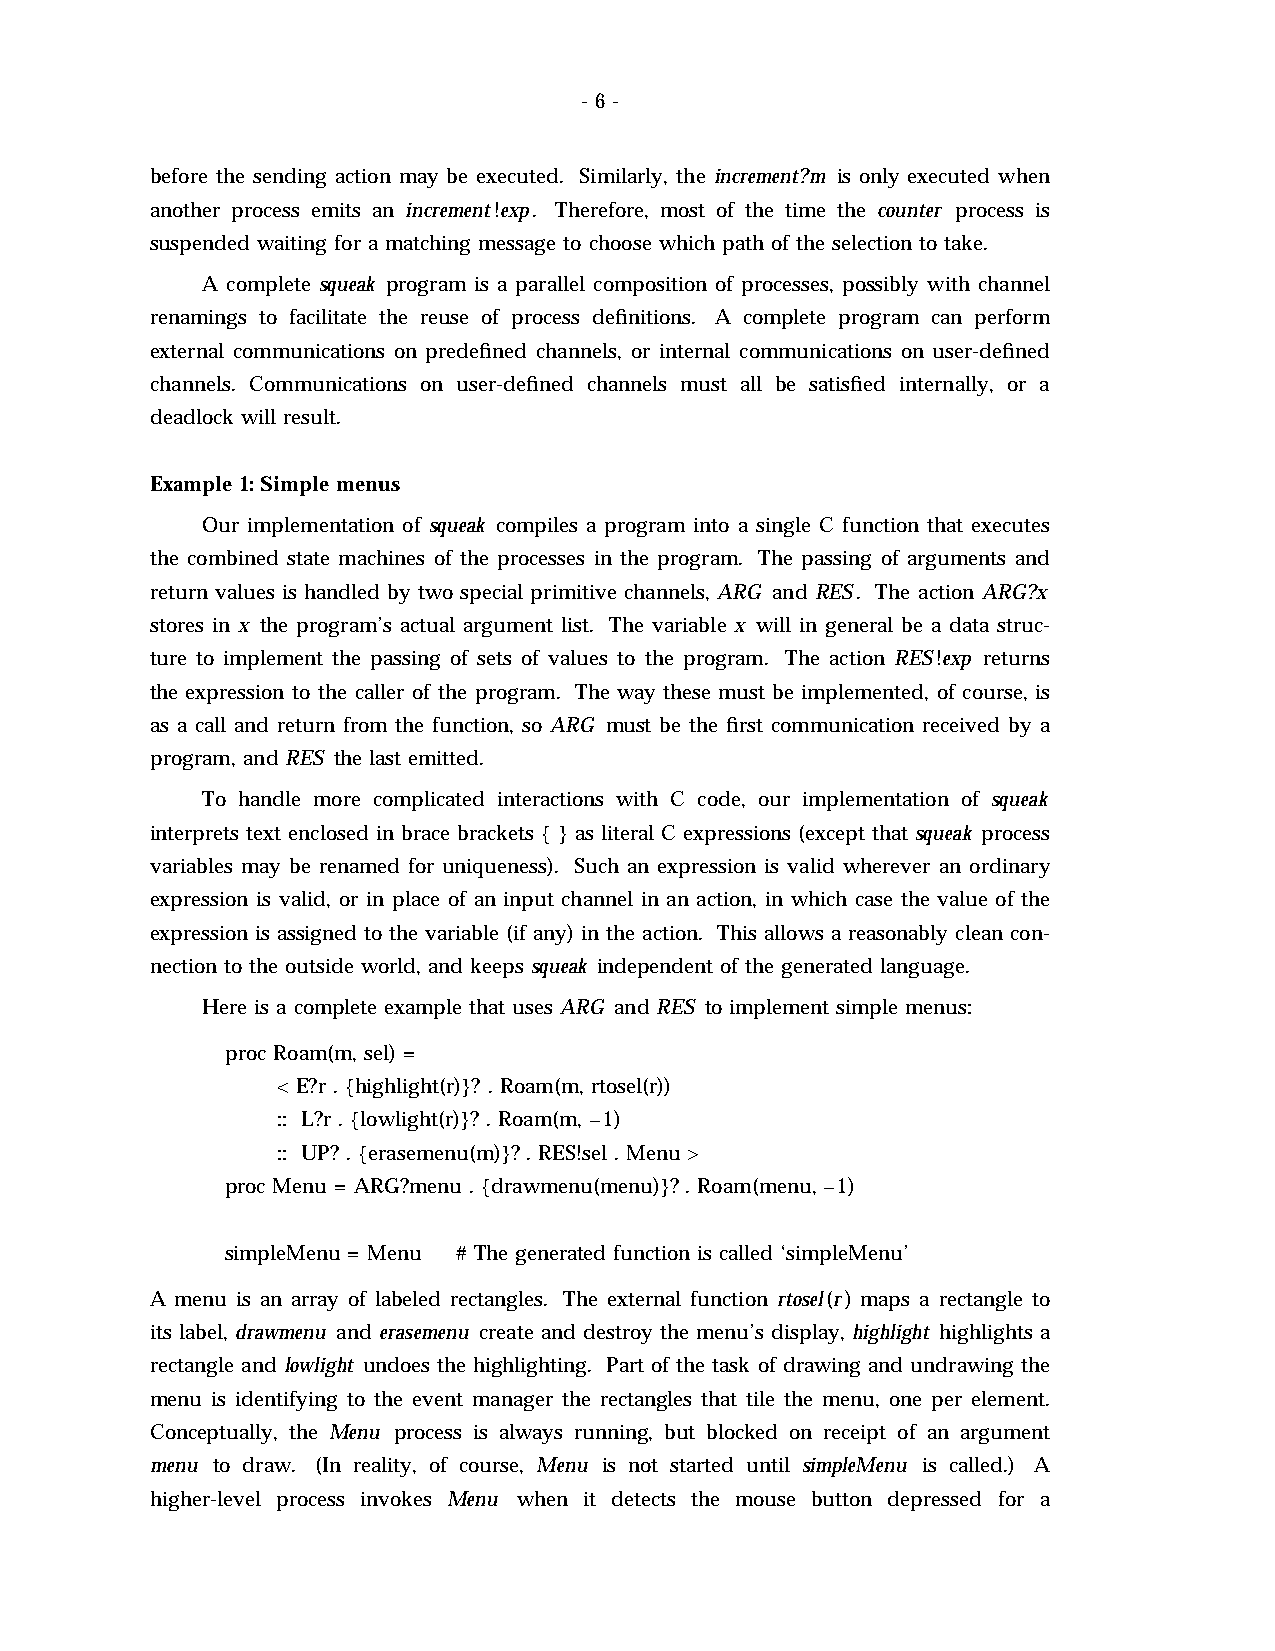
- 6 -
 before the sending action may be executed. Similarly, the increment?m is only executed when
 another process emits an increment!exp. Therefore, most of the time the counter process is
 suspended waiting for a matching message to choose which path of the selection to take.
 A complete squeak program is a parallel composition of processes, possibly with channel
 renamings to facilitate the reuse of process definitions. A complete program can perform
 external communications on predefined channels, or internal communications on user-defined
 channels. Communications on user-defined channels must all be satisfied internally, or a
 deadlock will result.
 Example 1: Simple menus
 Our implementation of squeak compiles a program into a single C function that executes
 the combined state machines of the processes in the program. The passing of arguments and
 return values is handled by two special primitive channels, ARG and RES. The action ARG?x
 stores in x the program’s actual argument list. The variable x will in general be a data struc-
 ture to implement the passing of sets of values to the program. The action RES!exp returns
 the expression to the caller of the program. The way these must be implemented, of course, is
 as a call and return from the function, so ARG must be the first communication received by a
 program, and RES the last emitted.
 To handle more complicated interactions with C code, our implementation of squeak
 interprets text enclosed in brace brackets { } as literal C expressions (except that squeak process
 variables may be renamed for uniqueness). Such an expression is valid wherever an ordinary
 expression is valid, or in place of an input channel in an action, in which case the value of the
 expression is assigned to the variable (if any) in the action. This allows a reasonably clean con-
 nection to the outside world, and keeps squeak independent of the generated language.
 Here is a complete example that uses ARG and RES to implement simple menus:
 proc Roam(m, sel) =
 < E?r . {highlight(r)}? . Roam(m, rtosel(r))
 :: L?r . {lowlight(r)}? . Roam(m, –1)
 :: UP? . {erasemenu(m)}? . RES!sel . Menu >
 proc Menu = ARG?menu . {drawmenu(menu)}? . Roam(menu, –1)
 simpleMenu = Menu # The generated function is called ‘simpleMenu’
 A menu is an array of labeled rectangles. The external function rtosel(r) maps a rectangle to
 its label, drawmenu and erasemenu create and destroy the menu’s display, highlight highlights a
 rectangle and lowlight undoes the highlighting. Part of the task of drawing and undrawing the
 menu is identifying to the event manager the rectangles that tile the menu, one per element.
 Conceptually, the Menu process is always running, but blocked on receipt of an argument
 menu to draw. (In reality, of course, Menu is not started until simpleMenu is called.) A
 higher-level process invokes Menu when it detects the mouse button depressed for a